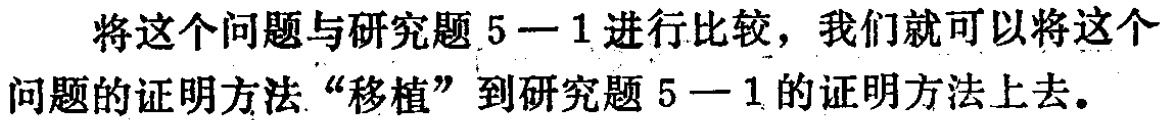
将这个问题与研究题5—1进行比较，我们就可以将这个问题的证明方法“移植”到研究题5—1的证明方法上去。